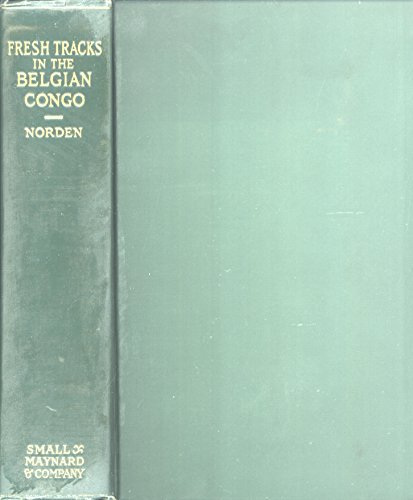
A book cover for Fresh Tracks in the Belgian Congo: From the Uganda Border to the Mouth of the Congo; Hermann Norden; Travel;